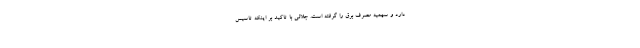
دارد و سهمیه مصرف برق را گرفته است. جلالی با تاکید بر اینکه تاسیس